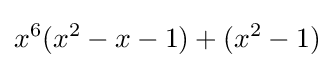
x^{6}(x^{2}-x-1)+(x^{2}-1)